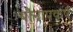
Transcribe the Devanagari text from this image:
यौनापकर्ष